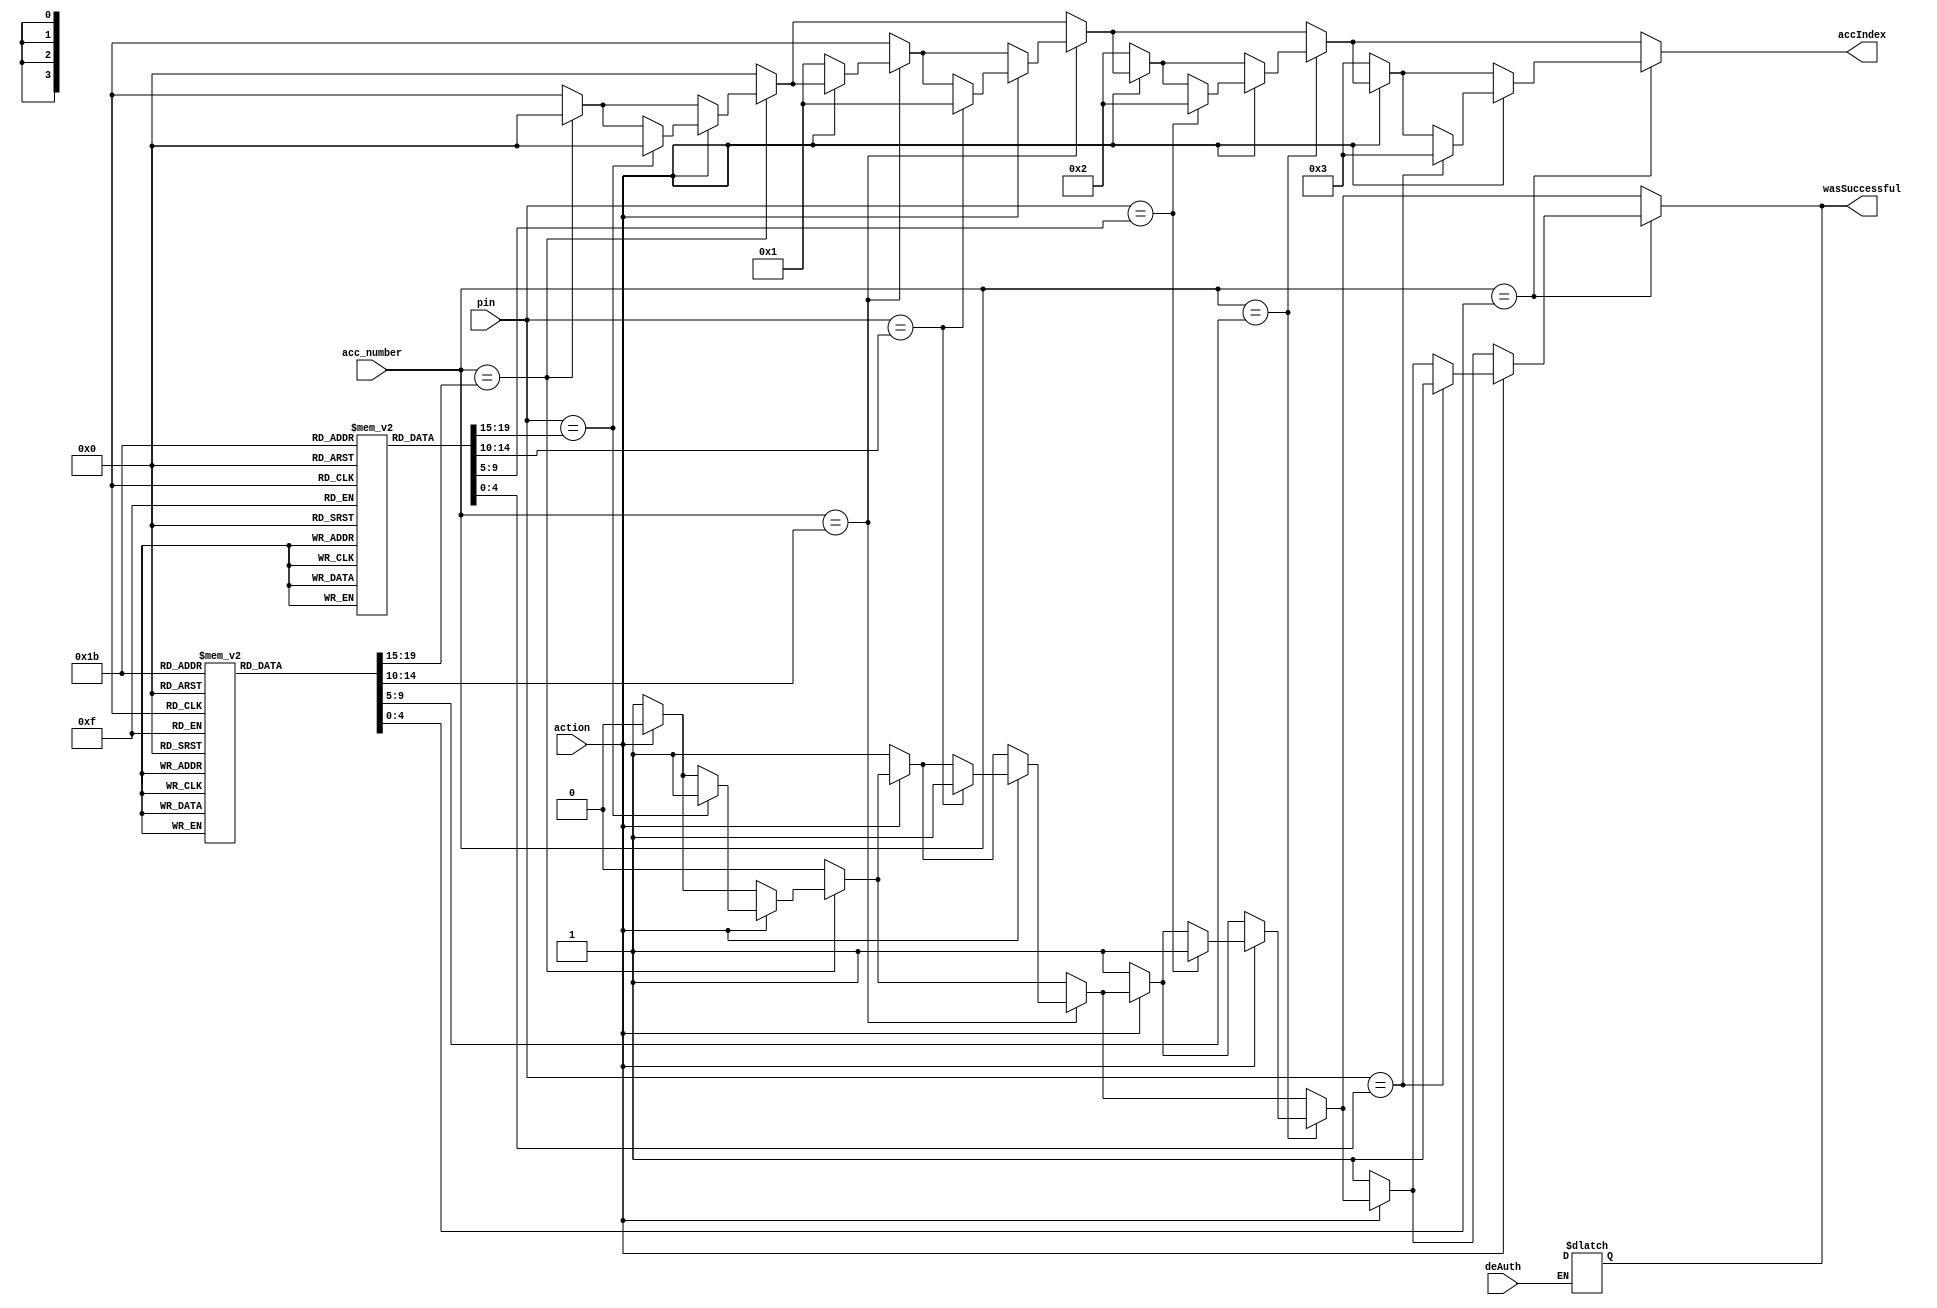
`timescale 1ns / 1ps
//////////////////////////////////////////////////////////////////////////////////
// Company: 
// Engineer: 
// 
// Design Name: 
// Module Name: authenticator
// Project Name: 
// Target Devices: 
// Tool Versions: 
// Description: 
// 
// Dependencies: 
// 
// Revision:
// Revision 0.01 - File Created
// Additional Comments:
// 
//////////////////////////////////////////////////////////////////////////////////


module authenticator(
    input [3:0] acc_number,
    input [3:0] pin,
    input action,
    input deAuth,
    output reg wasSuccessful,
    output reg [3:0] accIndex
    );
    
    parameter 
        FIND = 1'b0,
        AUTHENTICATE = 1'b1;
    
    reg [4:0] acc_database [0:3];
    reg [4:0] pin_database [0:3];
    
    initial begin
    acc_database[0] = 4'b0000; pin_database[0] = 4'b0000;
    acc_database[1] = 4'b0001; pin_database[1] = 4'b0001;
    acc_database[2] = 4'b0010; pin_database[2] = 4'b0010;
    acc_database[3] = 4'b0011; pin_database[3] = 4'b0011;
    /*
    acc_database[4] = 16'd2178; pin_database[4] = 16'b0100;
    acc_database[5] = 16'd2647; pin_database[5] = 16'b0101;
    acc_database[6] = 16'd2816; pin_database[6] = 16'b0110;
    acc_database[7] = 16'd2910; pin_database[7] = 16'b0111;
    acc_database[8] = 16'd2299; pin_database[8] = 16'b1000;
    acc_database[9] = 16'd2689; pin_database[9] = 16'b1001;
    */
    end
    
    always @(deAuth) begin
        if (deAuth == 1'b1)
            wasSuccessful = 1'bx;
    end
    
    integer i;
    always @(acc_number or pin) begin
      wasSuccessful = 1'b0;
      accIndex = 0;

      //loop through the data base
      for(i = 0; i < 4; i = i+1) begin

          //found a match for acc_number
          if(acc_number == acc_database[i]) begin
              
              if(action == FIND) begin
                wasSuccessful = 1'b1;
                accIndex = i;
              end

              if(action == AUTHENTICATE) begin
                if(pin == pin_database[i]) begin
                  wasSuccessful = 1'b1;
                  accIndex = i;

                end
              end
          end    
      end
  end
    
endmodule